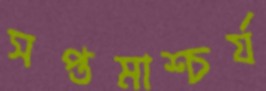
সপ্তমাশ্চর্য